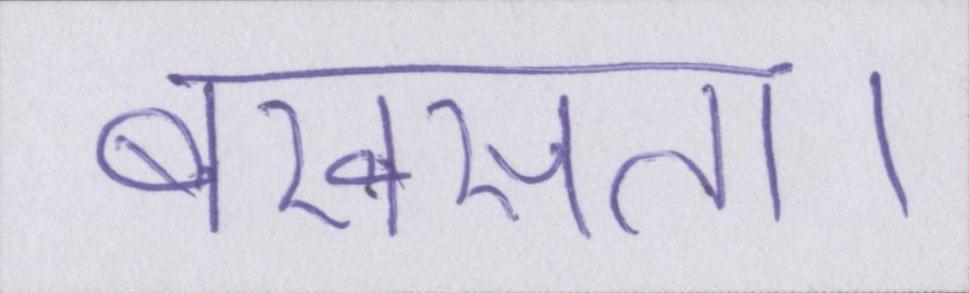
बखसता।